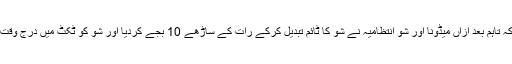
مداح نے اپنی درخواست میں کہا کہ تاہم بعد ازاں میڈونا اور شو انتظامیہ نے شو کا ٹائم تبدیل کرکے رات کے ساڑھے 10 بجے کردیا اور شو کو ٹکٹ میں درج وقت سے 2 گھنٹے بعد شروع کیا گیا۔